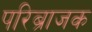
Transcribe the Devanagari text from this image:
परिब्राजक